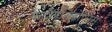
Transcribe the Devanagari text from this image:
केटोएसिडोसिस